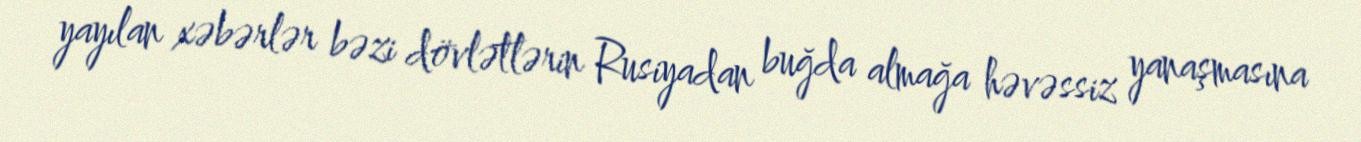
yayılan xəbərlər bəzi dövlətlərin Rusiyadan buğda almağa həvəssiz yanaşmasına